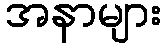
အနာများ